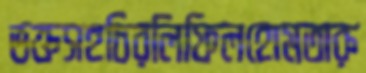
ভক্তসহচিরলিফিলহোমতারু